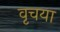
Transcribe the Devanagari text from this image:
वृचया